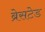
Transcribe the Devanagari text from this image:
ब्रेसटेड